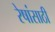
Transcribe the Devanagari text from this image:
रेषांसाठी